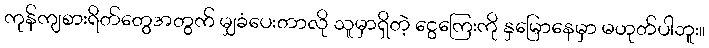
ကုန်ကျစားရိတ်တွေအတွက် မျှခံပေးတာလို သူမှာရှိတဲ့ ငွေကြေးကို နှမြောနေမှာ မဟုတ်ပါဘူး။